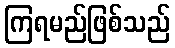
ကြရမည်ဖြစ်သည်